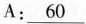
A: \underline{60}